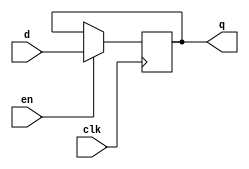
module store_register (
    input wire clk,      // Clock signal
    input wire en,       // Enable signal
    input wire [N-1:0] d, // Data input (N-bit wide)
    output reg [N-1:0] q  // Data output (N-bit wide)
);
    parameter N = 8; // Define the width of the register (default is 8 bits)

    // Initial state of the register
    initial begin
        q = 0; // Initialize output to zero
    end

    // Sequential logic for the store register
    always @(posedge clk) begin
        if (en) begin
            q <= d; // Update the register with the input data
        end
        // If en is low, retain the previous value of q
    end

endmodule